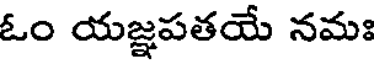
ఓం యజ్ఞపతయే నమః